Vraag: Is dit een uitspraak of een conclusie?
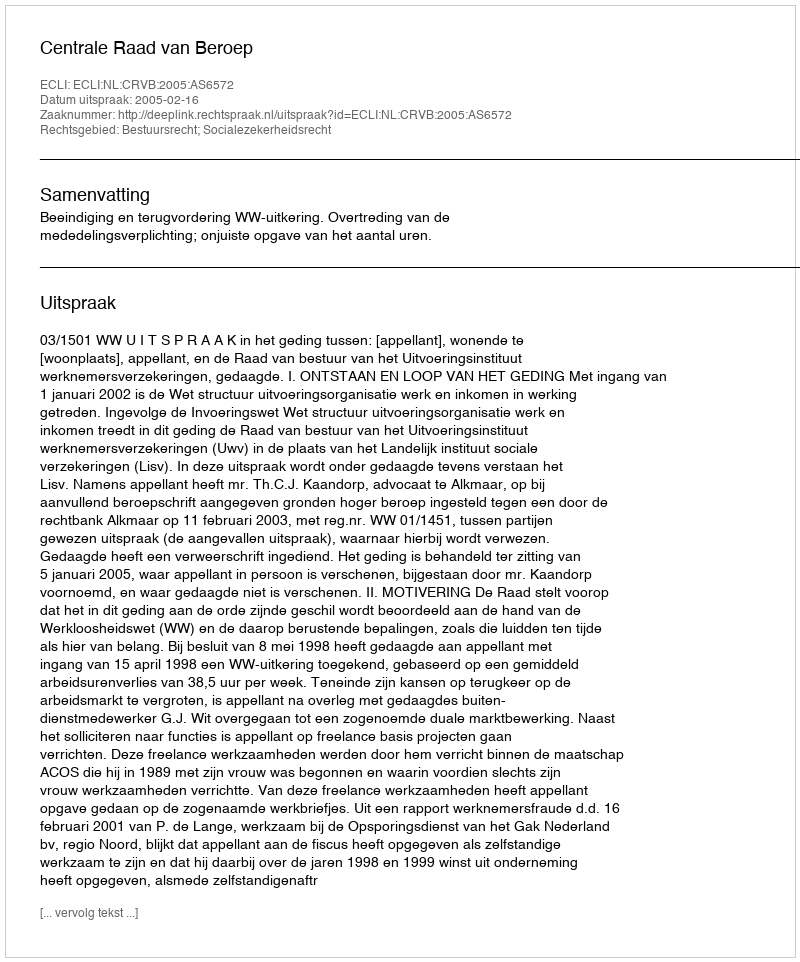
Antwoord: Uitspraak